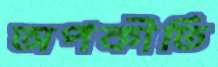
অপকীর্তি